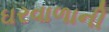
ઘરવાળાની